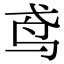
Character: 鸢